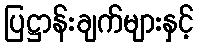
ပြဋ္ဌာန်းချက်များနှင့်